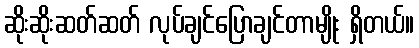
ဆိုးဆိုးဆတ်ဆတ် လုပ်ချင်ပြောချင်တာမျိုး ရှိတယ်။